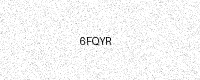
Text: 6FQYR